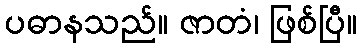
ပဓာနသည်။ ဇာတံ၊ ဖြစ်ပြီ။